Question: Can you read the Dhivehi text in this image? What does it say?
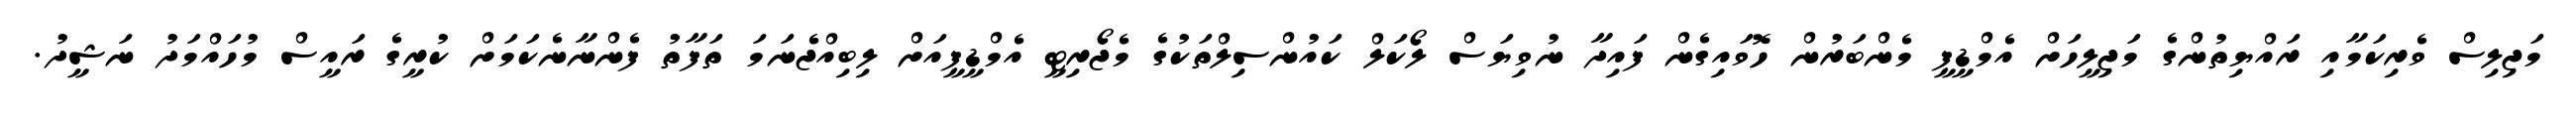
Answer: މަޖިލިސް ވެރިކަމާއި ރައްޔިތުންގެ މަޖިލީހަށް އެމްޑީޕީ މެންބަރުން ހޮވައިގެން ފައިދާ ނުވިޔަސް ލޯކަލް ކައުންސިލްތަކުގެ މެޖޯރިޓީ އެމްޑީޕީއަށް ލިބިއްޖެނަމަ ތަފާތު ފެންނާނެކަމަށް ކުރީގެ ރައީސް މުހައްމަދު ނަޝީދު.